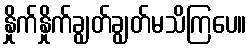
နှိုက်နှိုက်ချွတ်ချွတ်မသိကြပေ။